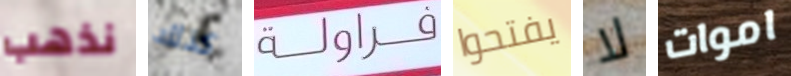
نذهب كذلك فراولة يفتحوا لا اموات